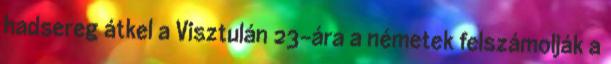
hadsereg átkel a Visztulán 23-ára a németek felszámolják a